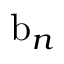
\mathrm { b } _ { n }